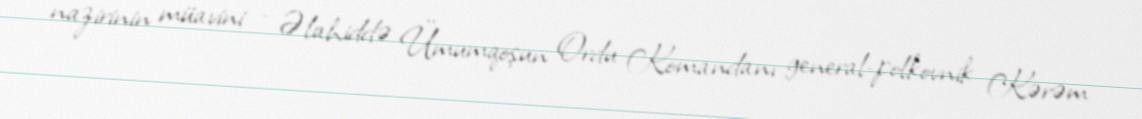
nazirinin müavini - Əlahiddə Ümumqoşun Ordu Komandanı general-polkovnik Kərəm